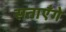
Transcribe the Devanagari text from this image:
सताएँगे